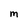
Character: M